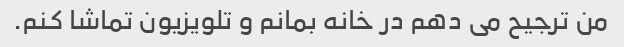
من ترجیح می دهم در خانه بمانم و تلویزیون تماشا کنم.